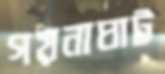
গয়নাঘাট